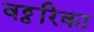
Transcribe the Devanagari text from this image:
वठ्ठरिका